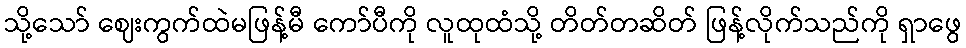
သို့သော် ဈေးကွက်ထဲမဖြန့်မီ ကော်ပီကို လူထုထံသို့ တိတ်တဆိတ် ဖြန့်လိုက်သည်ကို ရှာဖွေ